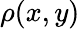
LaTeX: \rho(x,y)